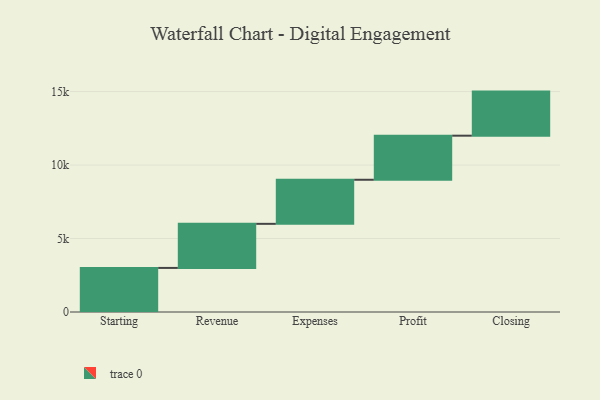
{"axis": {"x": "Step", "y": "Value"}, "legend": [""], "data": [{"x": "Starting", "y": 3000, "type": ""}, {"x": "Revenue", "y": 3000, "type": ""}, {"x": "Expenses", "y": 3000, "type": ""}, {"x": "Profit", "y": 3000, "type": ""}, {"x": "Closing", "y": 3000, "type": ""}]}